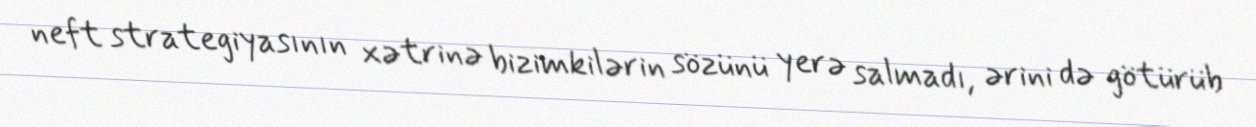
neft strategiyasının xətrinə bizimkilərin sözünü yerə salmadı, ərini də götürüb